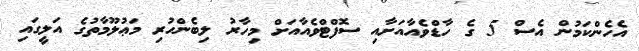
އެހެންކަމުން އެެސް 5 ގެ ހާޑްވެއާއަށާއި ސޮފްޓްވެއާއަށް މިހާރު ލިބެންހުރި މަޢުލޫމާތުގެ އަލީގައި